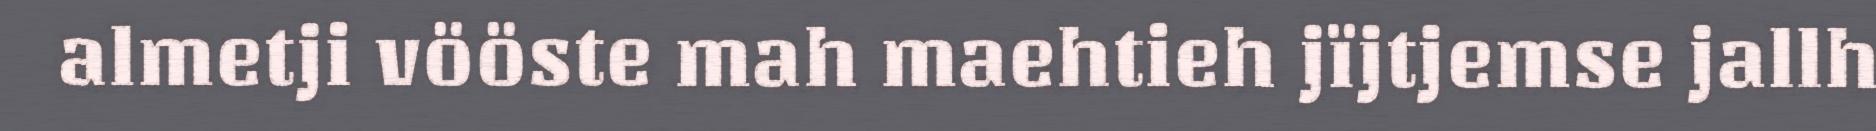
almetji vööste mah maehtieh jïjtjemse jallh